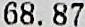
68.87